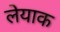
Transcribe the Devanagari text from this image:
लेयाक